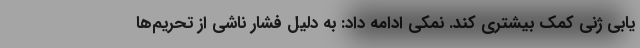
یابی ژنی کمک بیشتری کند. نمکی ادامه داد: به دلیل فشار ناشی از تحریم‌ها